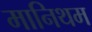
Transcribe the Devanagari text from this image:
मानिथम